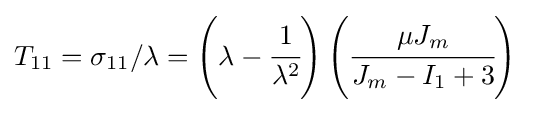
T_{11}=\sigma _{11}/\lambda =\left(\lambda -{\cfrac {1}{\lambda ^{2}}}\right)\left({\cfrac {\mu J_{m}}{J_{m}-I_{1}+3}}\right)~